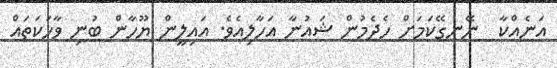
އަނެއްކާ  ނޭނގޭކަމަށް ހެދެމުން ޝައުނާ އަހާލިއެވެ. އައިލީން ޔޫހާން ބުނި ވާހަކަތައް